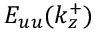
E _ { u u } ( k _ { z } ^ { + } )